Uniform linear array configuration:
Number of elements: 32
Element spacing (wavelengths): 1
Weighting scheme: hamming
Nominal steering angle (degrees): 60
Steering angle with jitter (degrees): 61.862
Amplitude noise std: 0.05
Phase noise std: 0.05

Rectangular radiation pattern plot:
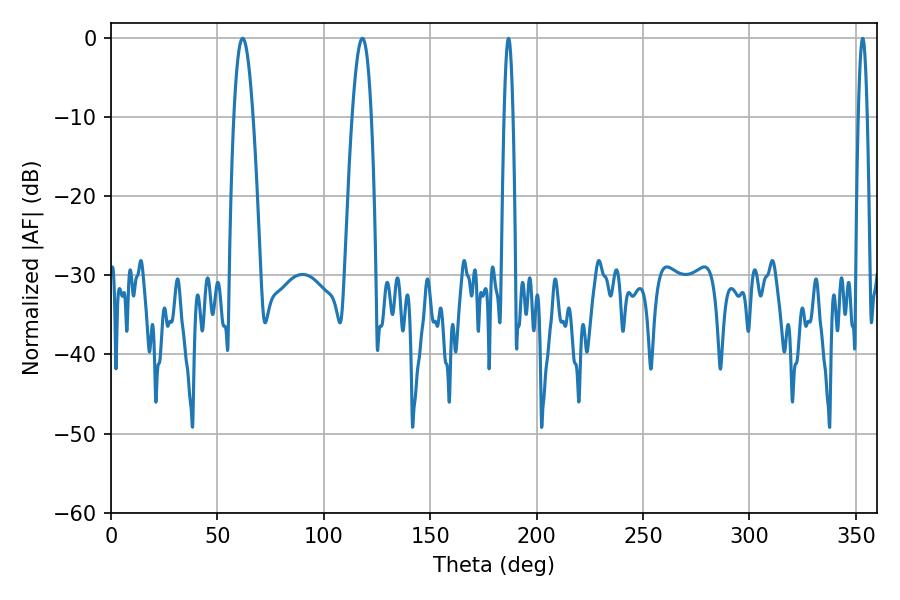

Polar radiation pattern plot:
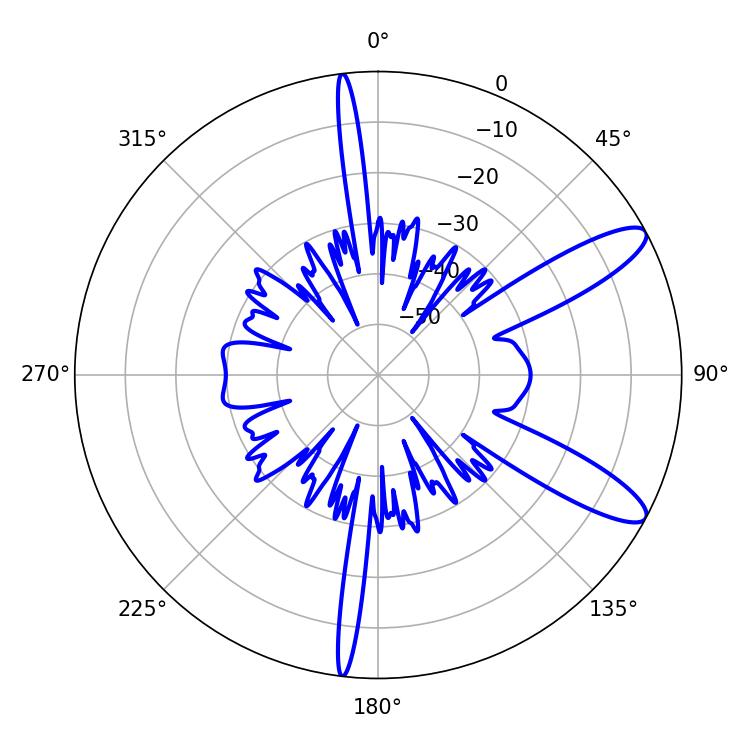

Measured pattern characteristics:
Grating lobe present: TRUE
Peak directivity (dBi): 11.121
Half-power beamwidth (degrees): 4.86
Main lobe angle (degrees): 61.92